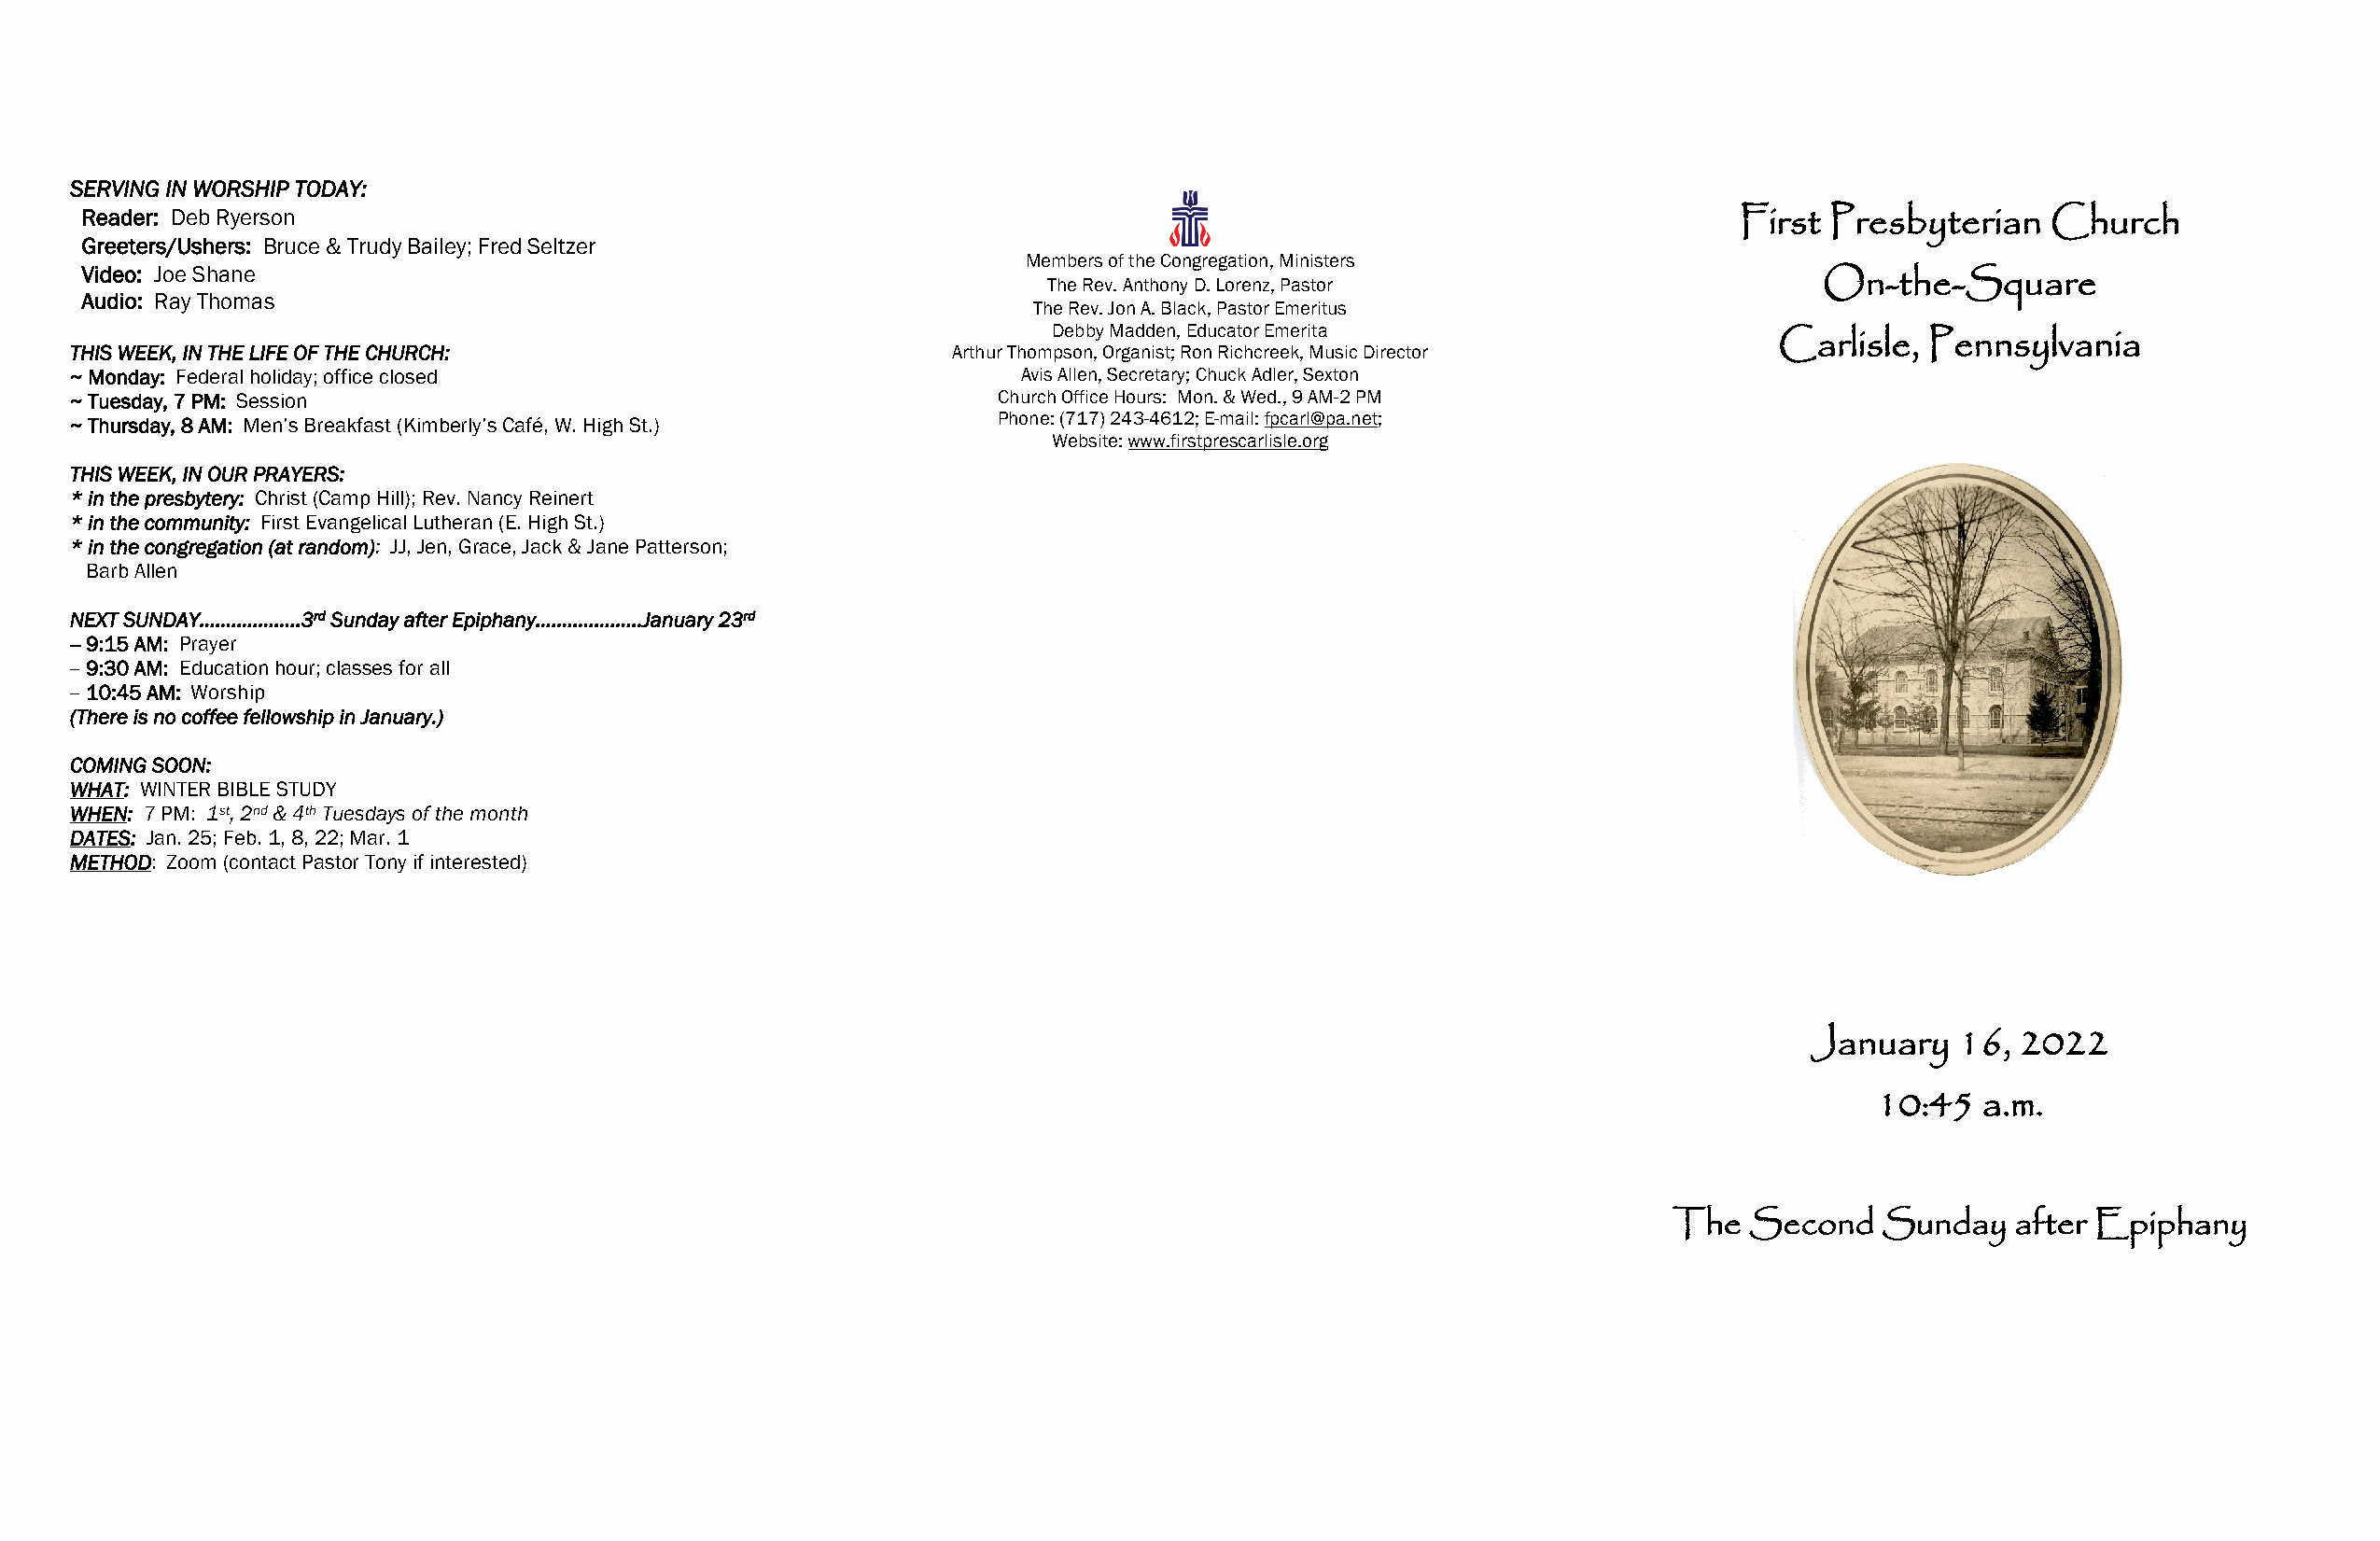
SERVING IN WORSHIP TODAY:
 Reader: Deb Ryerson
 First  Presbyterian   Church
 Greeters/Ushers: Bruce & Trudy Bailey; Fred Seltzer
 Members of the Congregation, Ministers
 Video: Joe Shane
 The Rev. Anthony D. Lorenz, Pastor                     On-the-Square
 Audio: Ray Thomas
 The Rev. Jon A. Black, Pastor Emeritus
 Debby Madden, Educator Emerita
 THIS WEEK, IN THE LIFE OF THE CHURCH:                          Arthur Thompson, Organist; Ron Richcreek, Music Director  Carlisle,  Pennsylvania
 ~ Monday: Federal holiday; office closed                           Avis Allen, Secretary; Chuck Adler, Sexton
 ~ Tuesday, 7 PM: Session                                          Church Office Hours: Mon. & Wed., 9 AM-2 PM
 Phone: (717) 243-4612; E-mail: fpcarl@pa.net;
 ~ Thursday, 8 AM: Men’s Breakfast (Kimberly’s Café, W. High St.)
 Website: www.firstprescarlisle.org
 THIS WEEK, IN OUR PRAYERS:
 * in the presbytery: Christ (Camp Hill); Rev. Nancy Reinert
 * in the community: First Evangelical Lutheran (E. High St.)
 * in the congregation (at random): JJ, Jen, Grace, Jack & Jane Patterson;
 Barb Allen
 NEXT SUNDAY………….…...3rd Sunday after Epiphany…………….….January 23rd
 -- 9:15 AM: Prayer
 -- 9:30 AM: Education hour; classes for all
 -- 10:45 AM: Worship
 (There is no coffee fellowship in January.)
 COMING SOON:
 WHAT: WINTER BIBLE STUDY
 WHEN: 7 PM: 1st, 2nd & 4th Tuesdays of the month
 DATES: Jan. 25; Feb. 1, 8, 22; Mar. 1
 METHOD: Zoom (contact Pastor Tony if interested)
 January    16, 2022
 10:45   a.m.
 The  Second    Sunday   after Epiphany